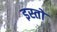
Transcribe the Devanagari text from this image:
इस्तो